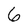
Character: 6